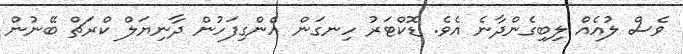
ވެސް ލުއެއް ލިބިގެންދާނެ އެވެ. ޑޮކްޓަރު ހިނގަން އެންގިފަހުން ދާނިޔަލް ކްރަޗް ބޭނުން